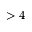
> 4